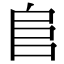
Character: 𨸏